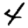
Digit: 4